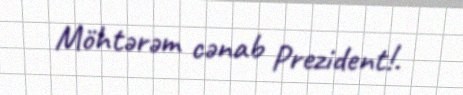
Möhtərəm cənab Prezident!.